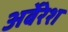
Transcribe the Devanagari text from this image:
अर्बेरेश